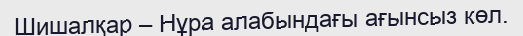
Шишалқар – Нұра алабындағы ағынсыз көл.